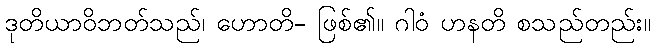
ဒုတိယာဝိဘတ်သည်၊ ဟောတိ- ဖြစ်၏။ ဂါဝံ ဟနတိ စသည်တည်း။